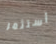
أستثمر